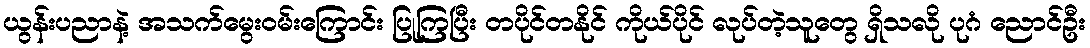
ယွန်းပညာနဲ့ အသက်မွေးဝမ်းကြောင်း ပြုကြပြီး တပိုင်တနိုင် ကိုယ်ပိုင် လုပ်တဲ့သူတွေ ရှိသလို ပုဂံ ညောင်ဦး